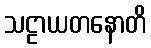
သဠာယတနောတိ